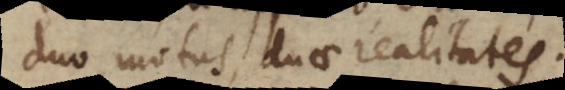
duo motus, duae realitates.